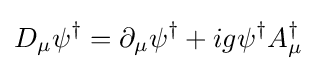
D_{\mu }\psi ^{\dagger }=\partial _{\mu }\psi ^{\dagger }+ig\psi ^{\dagger }A_{\mu }^{\dagger }